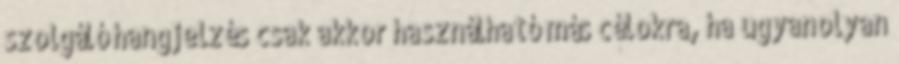
szolgáló hangjelzés csak akkor használható más célokra, ha ugyanolyan